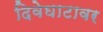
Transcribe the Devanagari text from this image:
दिवेघाटावर